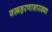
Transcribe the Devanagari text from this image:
वस्त्रहरणासारख्या